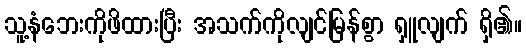
သူ့နံဘေးကိုဖိထားပြီး အသက်ကိုလျင်မြန်စွာ ရှူလျက် ရှိ၏။